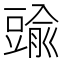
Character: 䜽